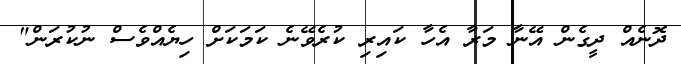
ދޮނެއް ދީގެން އޭނާ މަރާ އެހާ ކައިރި ކުރެވޭނެ ކަމަކަށް ހިޔެއްވެސް ނުކުރަން"